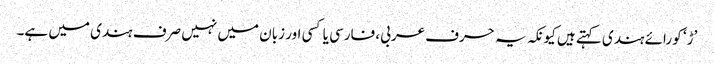
’ڑ‘ کو رائے ہندی کہتے ہیں کیونکہ یہ حرف عربی، فارسی یا کسی اور زبان میں نہیں صرف ہندی میں ہے۔